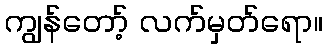
ကျွန်တော့် လက်မှတ်ရော။